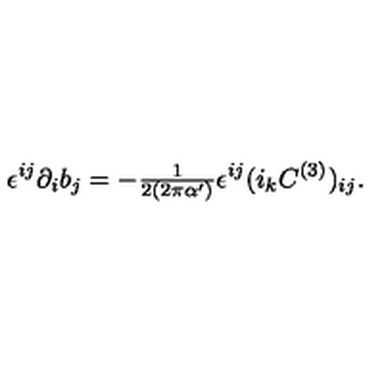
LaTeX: \epsilon ^ { i j } \partial _ { i } b _ { j } = - { \textstyle \frac { 1 } { 2 ( 2 \pi \alpha ^ { \prime } ) } } \epsilon ^ { i j } ( i _ { k } C ^ { ( 3 ) } ) _ { i j } .